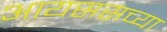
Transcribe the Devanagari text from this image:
आयससच्या